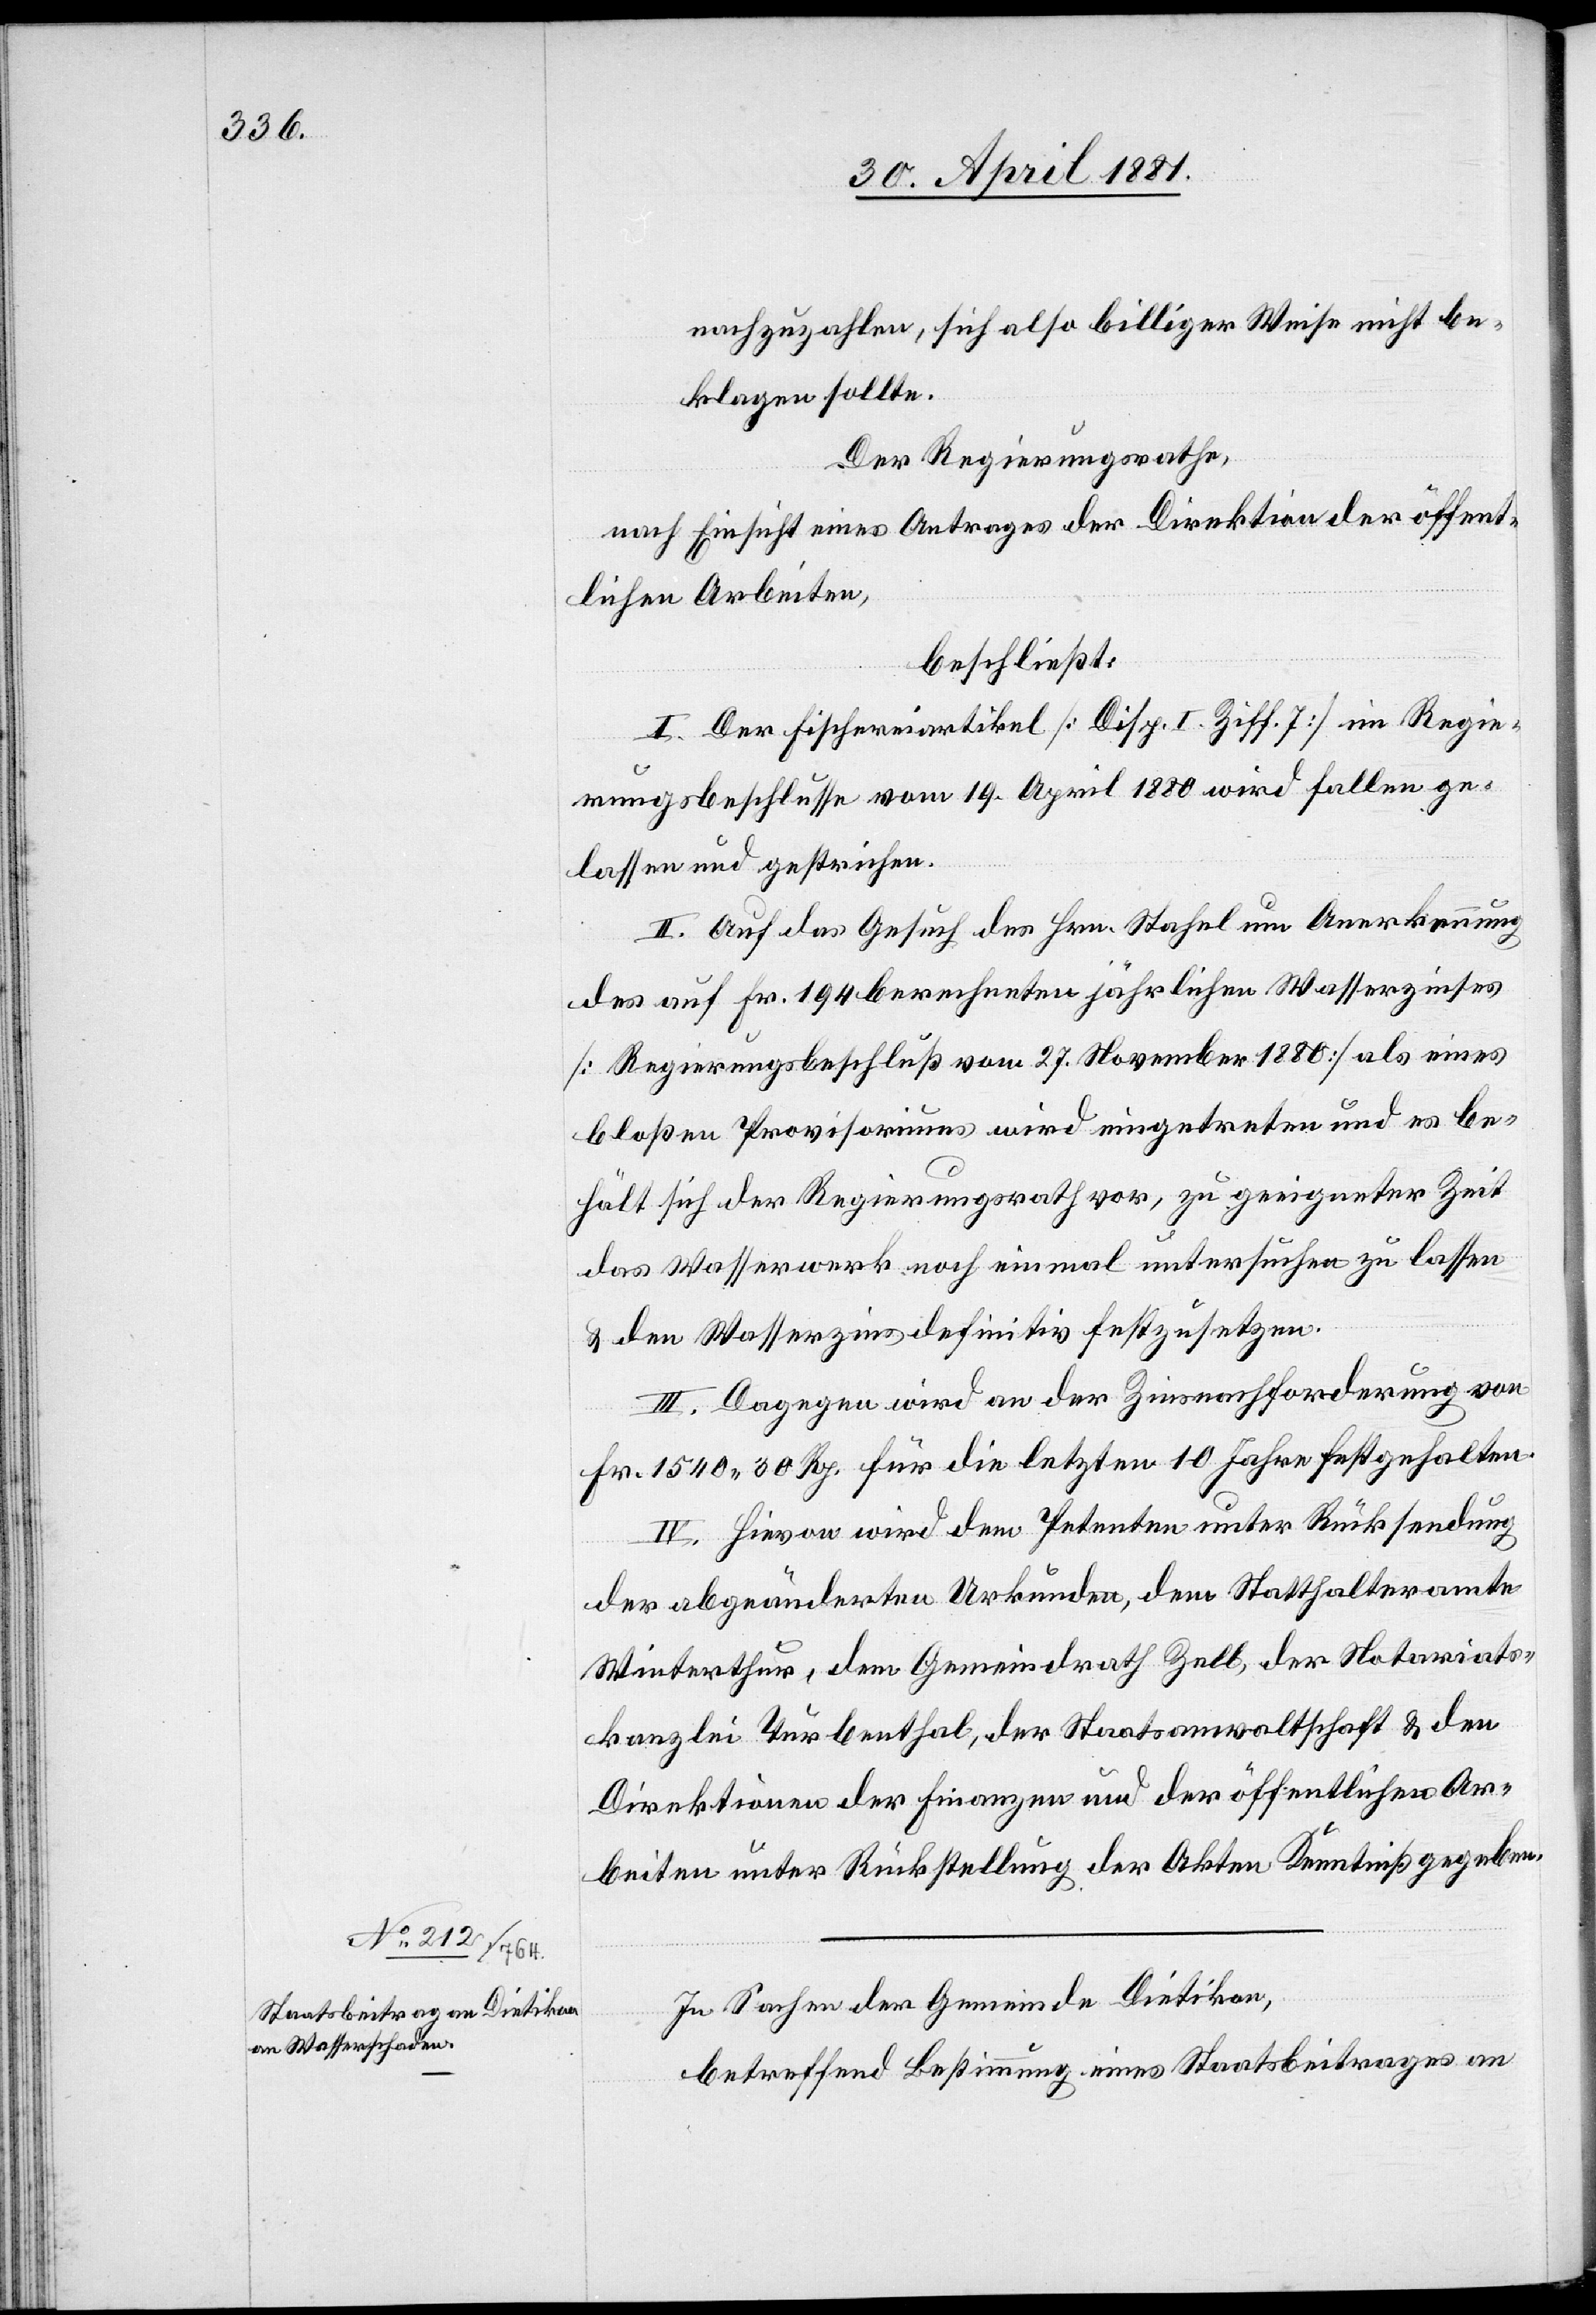
nachzuzahlen, sich also billiger Weise nicht be¬
klagen sollte.
Der Regierungsrath,
nach Einsicht eines Antrages der Direktion der öffent¬
lichen Arbeiten,
beschließt:
I. Der Fischereiartikel [Disp. I. Ziff. 7] im Regie¬
rungsbeschlusse vom 19. April 1880 wird fallen ge¬
lassen und gestrichen.
II. Auf das Gesuch des Hrn. Stahel um Anerkennung
des auf Fr. 194 berechneten jährlichen Wasserzinses
[Regierungsbeschluß vom 27. November 1880] als eines
bloßen Provisoriums wird eingetreten und es be¬
hält sich der Regierungsrath vor, zu geeigneter Zeit
das Wasserwerk noch einmal untersuchen zu lassen
& den Wasserzins definitiv festzusetzen.
III. Dagegen wird an der Zinsnachforderung von
Fr. 1540 30 Rp. für die letzten 10 Jahre festgehalten.
IV. Hievon wird dem Petenten unter Rücksendung
der abgeänderten Urkunden, dem Statthalteramte
Winterthur, dem Gemeindrath Zell, der Notariats¬
kanzlei Turbenthal, der Staatsanwaltschaft & den
Direktionen der Finanzen und der öffentlichen Ar¬
beiten unter Rückstellung der Akten Kenntniß gegeben.
In Sachen der Gemeinde Dietikon,
betreffend Bestimmung eines Staatsbeitrages an